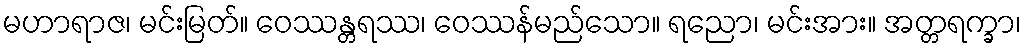
မဟာရာဇ၊ မင်းမြတ်။ ဝေဿန္တရဿ၊ ဝေဿန်မည်သော။ ရညော၊ မင်းအား။ အတ္တရက္ခာ၊